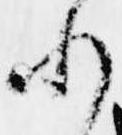
れ